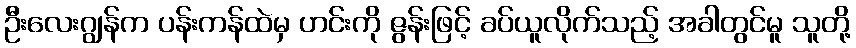
ဦးလေးဂျွန်က ပန်းကန်ထဲမှ ဟင်းကို ဇွန်းဖြင့် ခပ်ယူလိုက်သည့် အခါတွင်မူ သူတို့